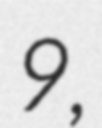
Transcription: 9,